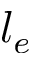
l _ { e }